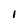
Character: I